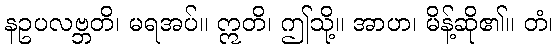
နဥပလဗ္ဘတိ၊ မရအပ်။ ဣတိ၊ ဤသို့။ အာဟ၊ မိန့်ဆို၏။ တံ၊